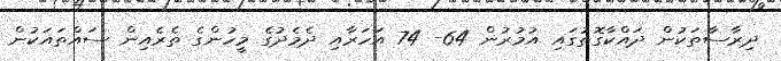
ދިރާސާތަކުން ދައްކާގޮތުގައި އުމުރުން 64- 74 އަހަރާއި ދެމެދުގެ މީހުންގެ ތެރެއިން ސައްތައަކުން